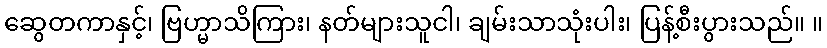
ဆွေတကာနှင့်၊ ဗြဟ္မာသိကြား၊ နတ်များသူငါ၊ ချမ်းသာသုံးပါး၊ ပြန့်စီးပွားသည်။ ။